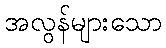
အလွန်များသော